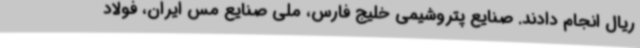
ریال انجام دادند. صنایع پتروشیمی خلیج فارس، ملی صنایع مس ایران، فولاد